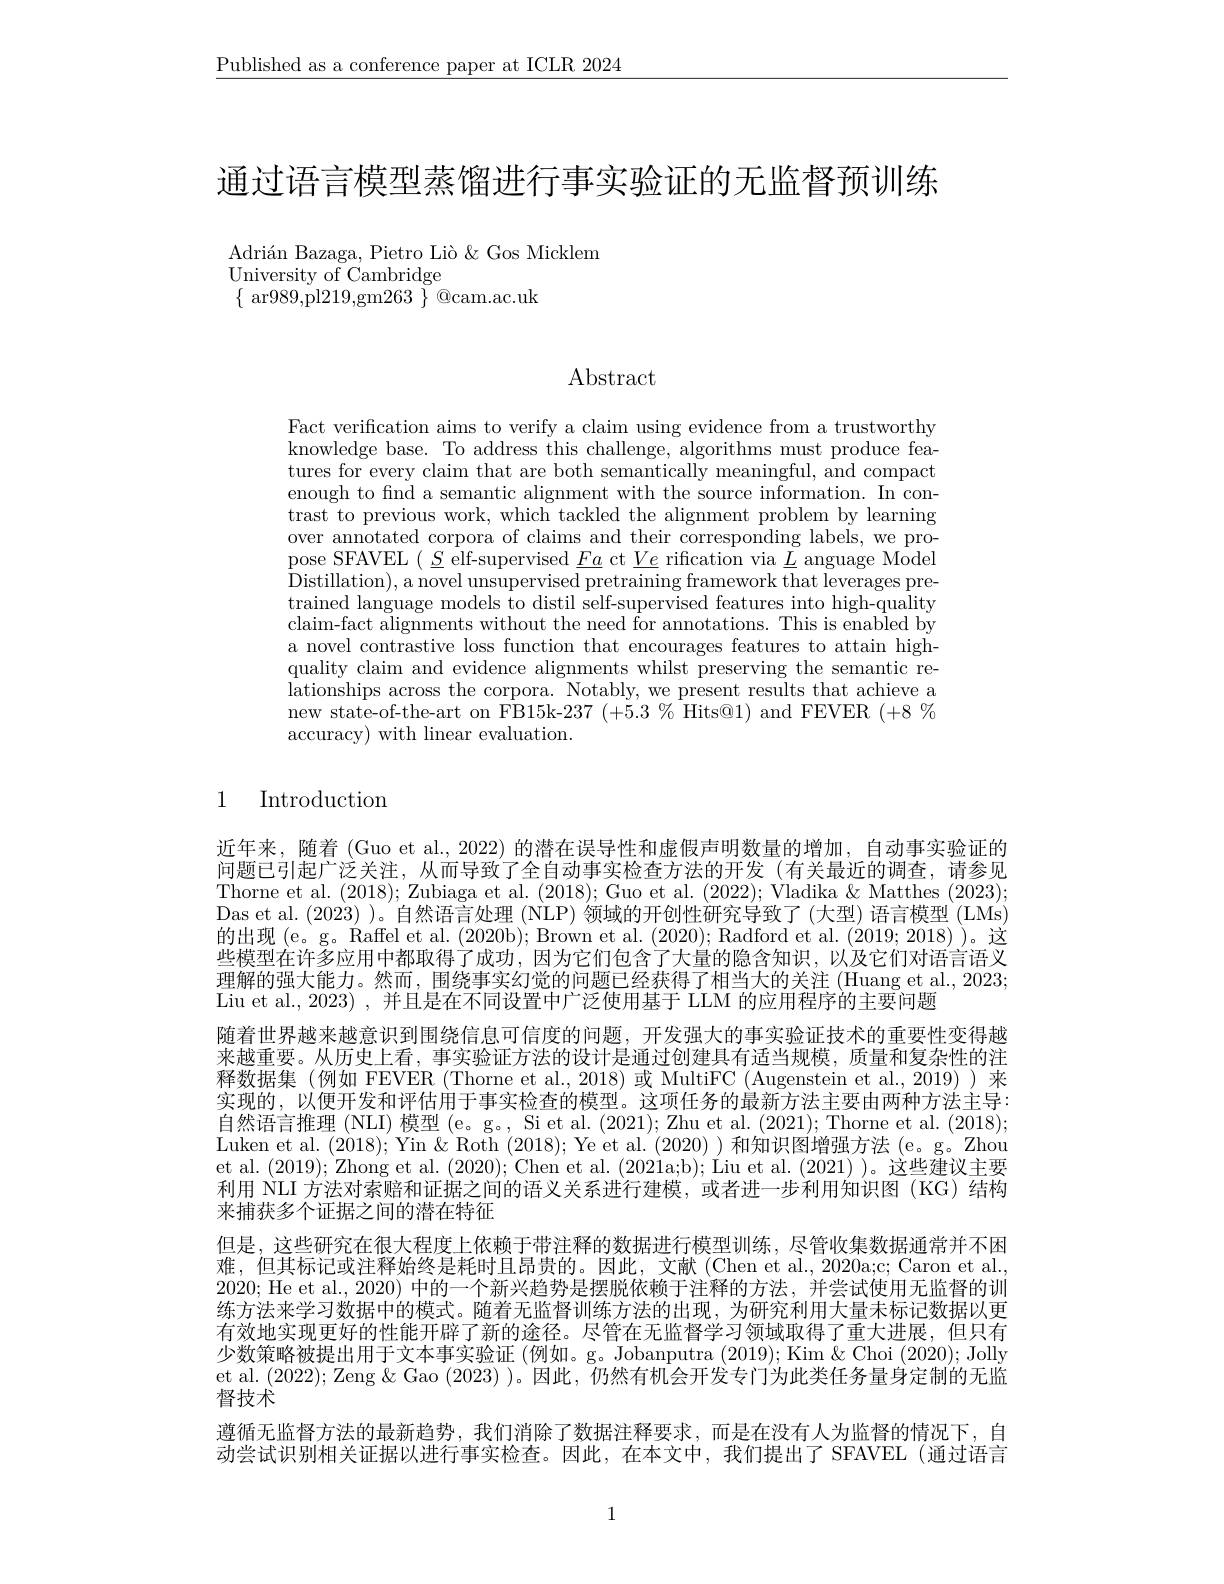
$\underline{\text{Published as a conference paper at ICLR 2024}}$

通过语言模型蒸馏进行事实验证的无监督预训练

Adrián Bazaga, Pietro Liò $\&$ Gos Micklem
University of Cambridge
$\{\begin{array}{c}{\mathrm{ar989,pl219,gm263~}}\end{array}\}\begin{array}{c}{\mathrm{@cam.ac.uk}}\\\end{array}$

## Abstract

Fact verification aims to verify a claim using evidence from a trustworthy knowledge base. To address this challenge, algorithms must produce features for every claim that are both semantically meaningful, and compact enough to find a semantic alignment with the source information. In contrast to previous work, which tackled the alignment problem by learning over annotated corpora of claims and their corresponding labels, we propose SFAVEL $(\underline{S}$ elf-supervised $\underline Fa\_\underline{Ve}$ rification via $\underline{L}$ anguage Model ${\mathrm{Distillation),~a~novel~unsupervised~pretraining~framework~that~leverages~pre-}}$ trained language models to distil self-supervised features into high-quality claim-fact alignments without the need for annotations. This is enabled by a novel contrastive loss function that encourages features to attain highquality claim and evidence alignments whilst preserving the semantic relationships across the corpora. Notably, we present results that achieve a $\hat{\text{new state-of-the-art on FB15k-237 (+5.3\%Hits@1) and FEVER (+8\%)}}$ accuracy) with linear evaluation.

## 1 Introduction

近年来，随着 (Guo et al., 2022) 的潜在误导性和虚假声明数量的增加，自动事实验证的问题已引起广泛关注，从而导致了全自动事实检查方法的开发(有关最近的调查，请参见Thorne et al. (2018); Zubiaga et al. (2018);Guo et al. (2022);Vladika $\&$ Matthes (2023); Das et al. (2023) )。自然语言处理 (NLP)领域的开创性研究导致了(大型)语言模型 (LMs) 的出现(e。g。Raffel et al. (2020b); Brown et al. (2020); Radford et al. (2019; 2018) )。这些模型在许多应用中都取得了成功，因为它们包含了大量的隐含知识，以及它们对语言语义理解的强大能力。然而，围绕事实幻觉的问题已经获得了相当大的关注 (Huang et al., 2023; Liu et al., 2023) , 并且是在不同设置中广泛使用基于 LLM 的应用程序的主要问题
随着世界越来越意识到围绕信息可信度的问题，开发强大的事实验证技术的重要性变得越来越重要。从历史上看，事实验证方法的设计是通过创建具有适当规模，质量和复杂性的注释数据集(例如 FEVER(Thorne et al.,2018)或 MultiFC(Augenstein et al.,2019))来实现的，以便开发和评估用于事实检查的模型。这项任务的最新方法主要由两种方法主导： 自然语言推理 (NLI) 模型 (e。g。, Si et al. (2021); Zhu et al. (2021); Thorne et al. (2018); Luken et al. (2018); Yin &Roth (2018); Ye et al. (2020))和知识图增强方法 (e。g。Zhou et al. (2019); Zhong et al. (2020); Chen et al. (2021a;b); Liu et al. (2021) )。这些建议主要利用 NLI 方法对索赔和证据之间的语义关系进行建模，或者进一步利用知识图(KG)结构来捕获多个证据之间的潜在特征
但是，这些研究在很大程度上依赖于带注释的数据进行模型训练，尽管收集数据通常并不困难，但其标记或注释始终是耗时且昂贵的。因此，文献(Chen et al.,2020a;c; Caron et al., 2020; He et al., 2020) 中的一个新兴趋势是摆脱依赖于注释的方法，并尝试使用无监督的训练方法来学习数据中的模式。随着无监督训练方法的出现，为研究利用大量未标记数据以更有效地实现更好的性能开辟了新的途径。尽管在无监督学习领域取得了重大进展，但只有少数策略被提出用于文本事实验证 (例如。g。Jobanputra (2019); Kim &Choi (2020); Jolly et al. (2022); Zeng &Gao (2023) )。因此，仍然有机会开发专门为此类任务量身定制的无监督技术
遵循无监督方法的最新趋势，我们消除了数据注释要求，而是在没有人为监督的情况下，自动尝试识别相关证据以进行事实检查。因此，在本文中，我们提出了 SFAVEL(通过语言

1